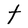
Character: t